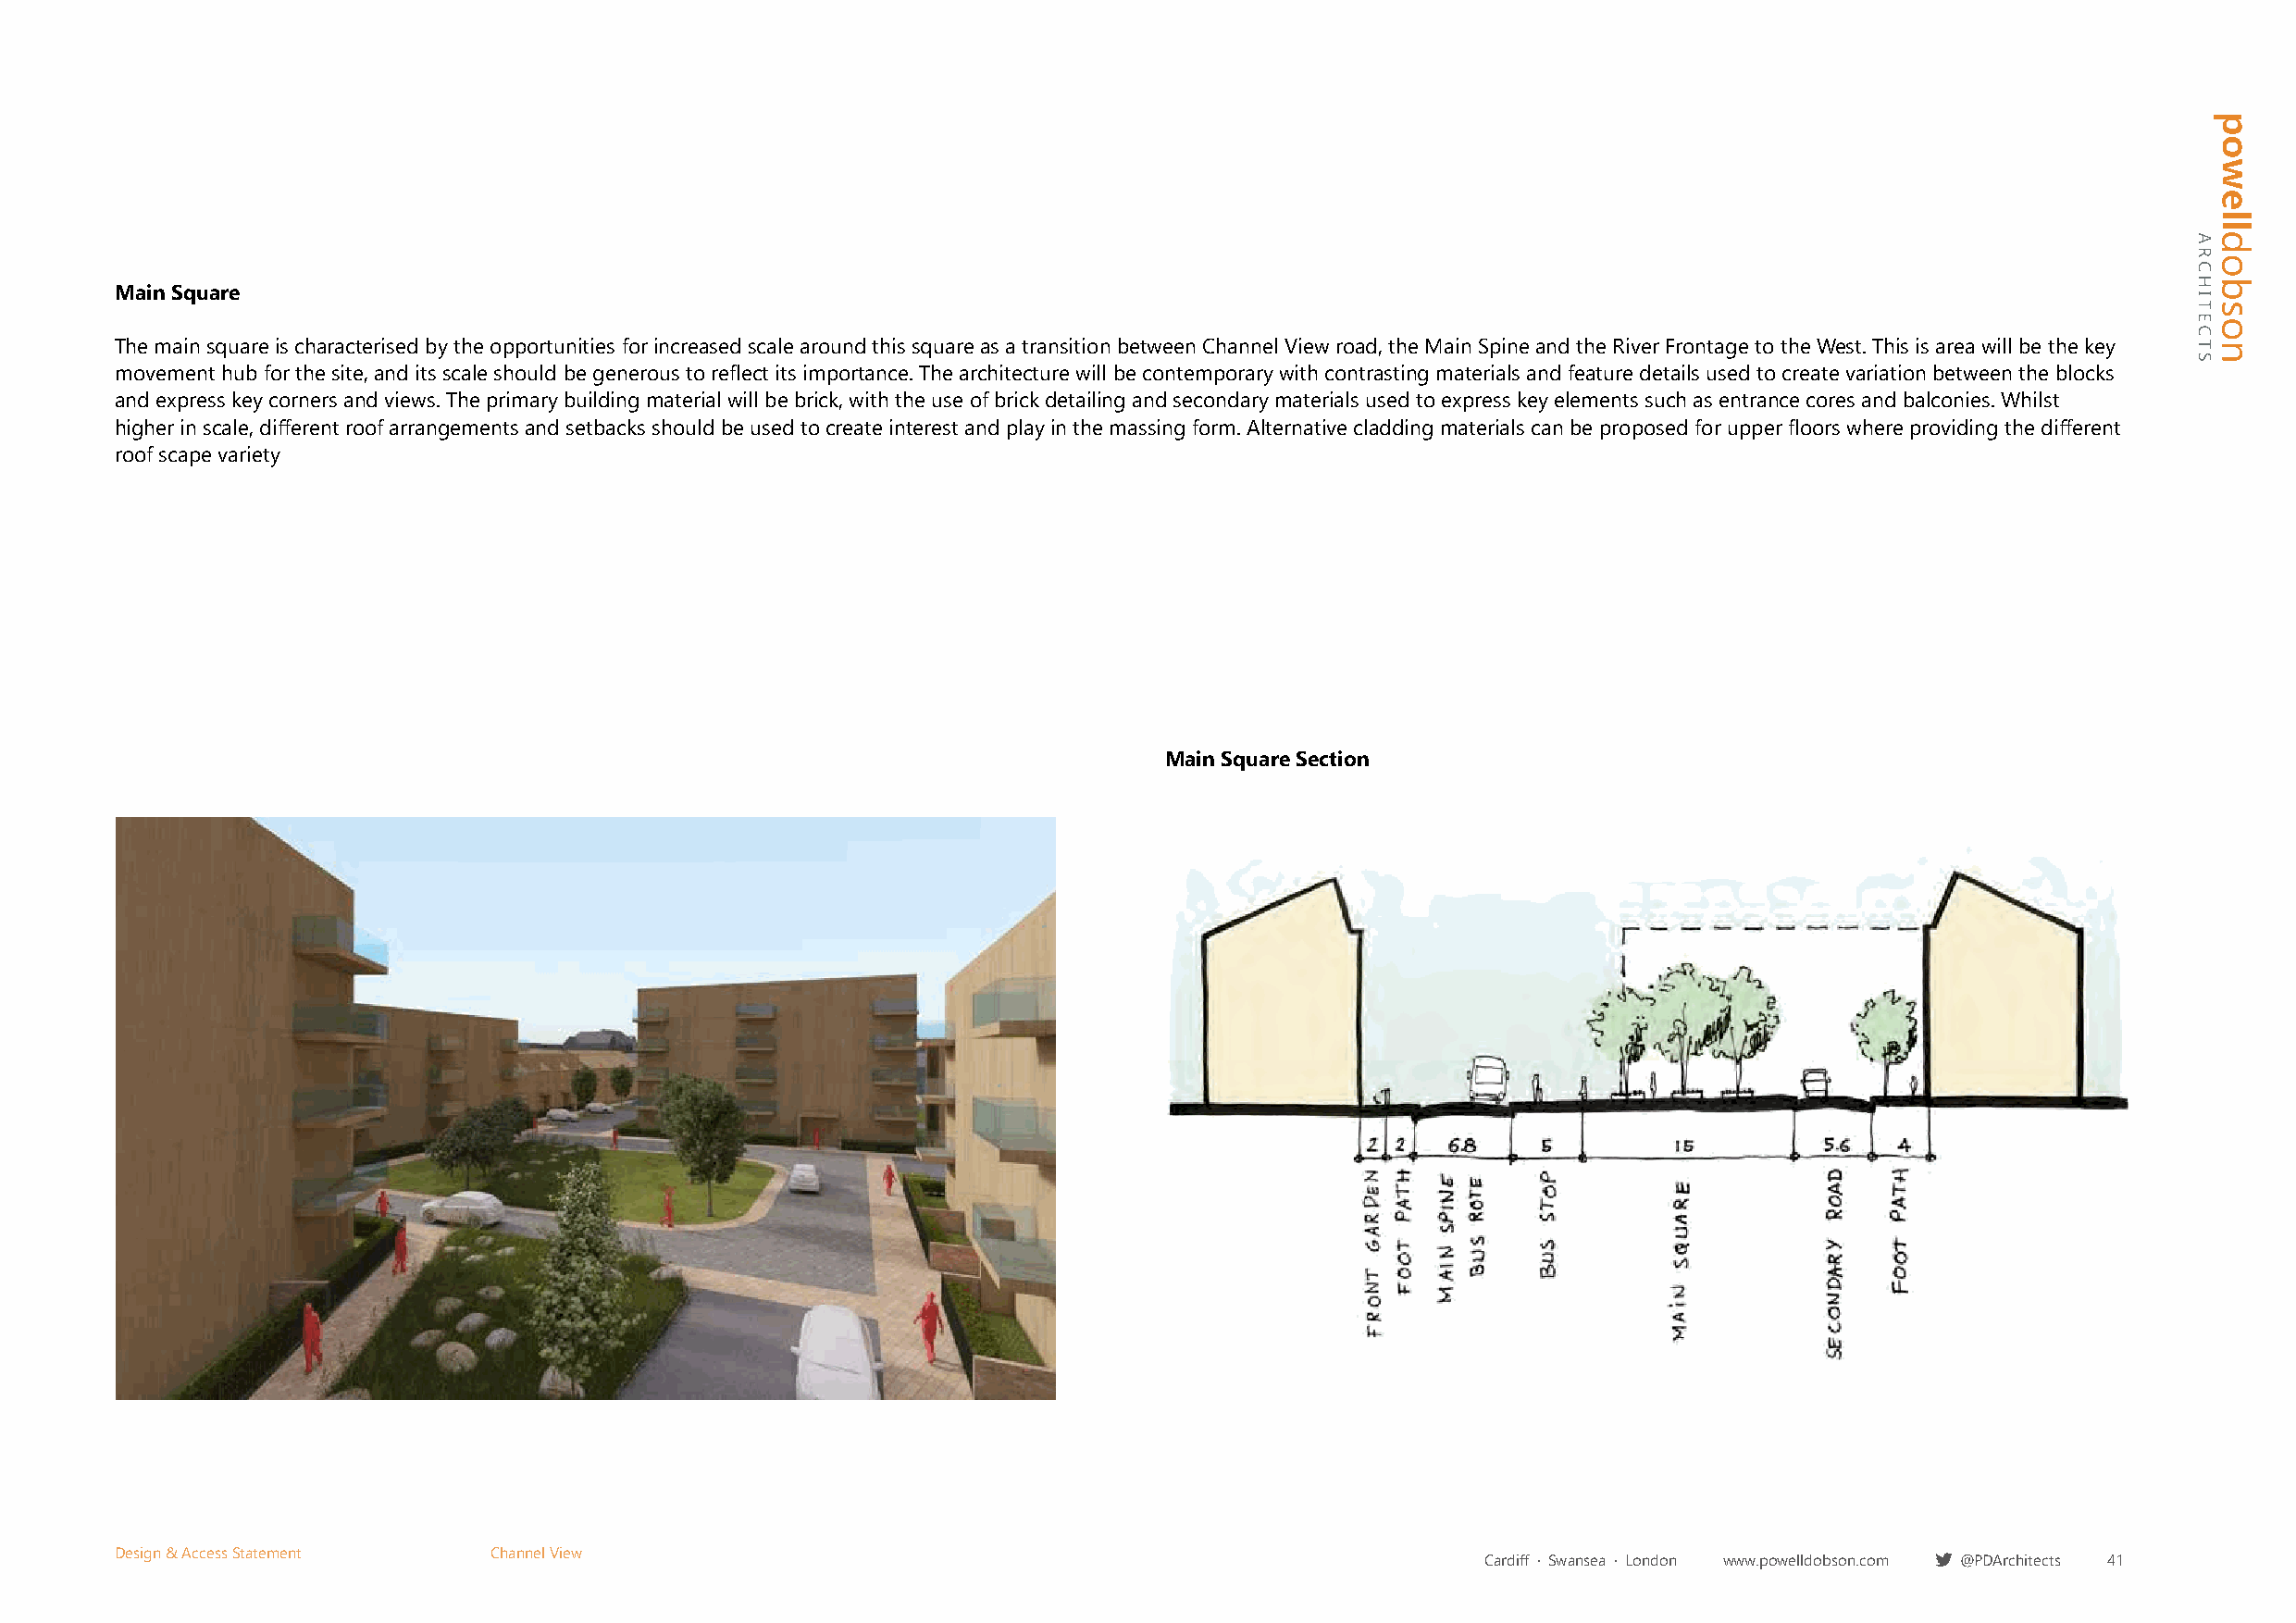
Main Square
 The main square is characterised by the opportunities for increased scale around this square as a transition between Channel View road, the Main Spine and the River Frontage to the West. This is area will be the key
 movement hub for the site, and its scale should be generous to reflect its importance. The architecture will be contemporary with contrasting materials and feature details used to create variation between the blocks
 and express key corners and views. The primary building material will be brick, with the use of brick detailing and secondary materials used to express key elements such as entrance cores and balconies. Whilst
 higher in scale, different roof arrangements and setbacks should be used to create interest and play in the massing form. Alternative cladding materials can be proposed for upper floors where providing the different
 roof scape variety
 Main Square Section
 Design & Access Statement  Channel View
 Cardiff · Swansea · London www.powelldobson.com @PDArchitects 41